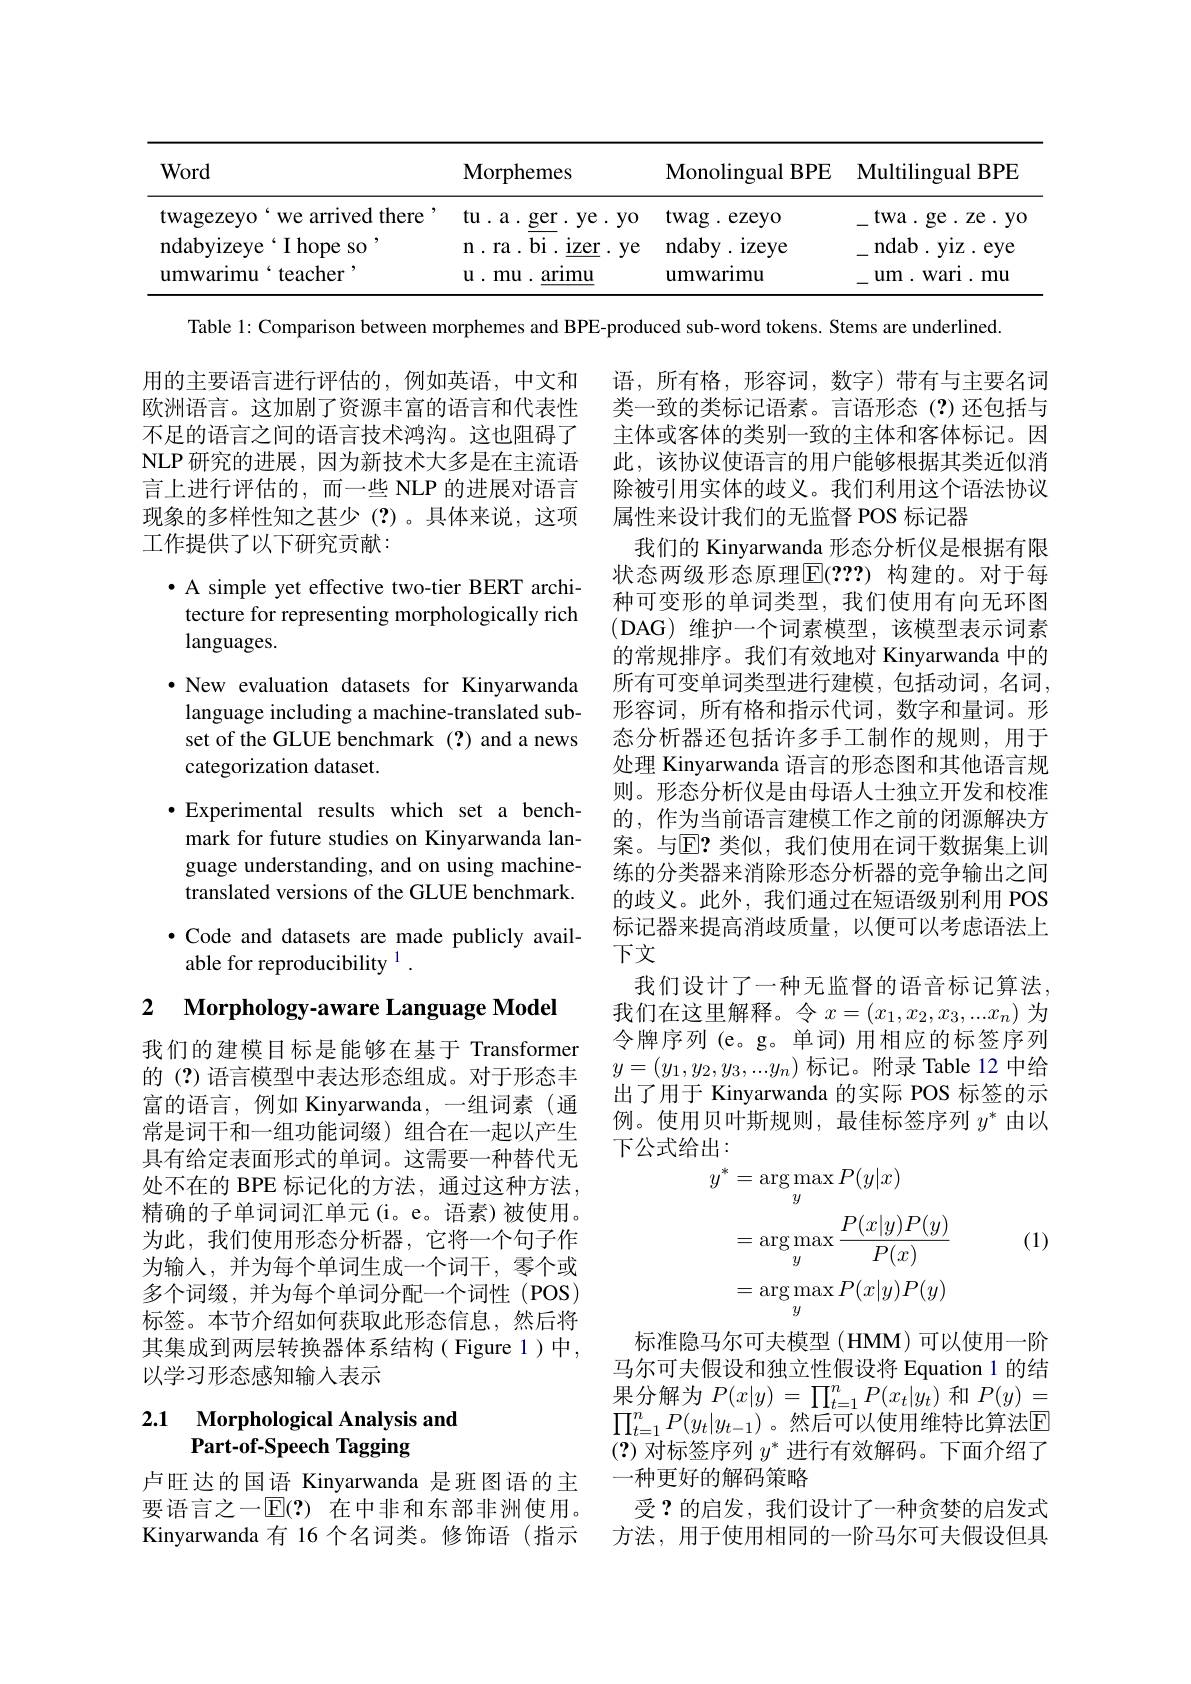
<table>
	<tbody>
		<tr>
			<th>Word</th>
			<th>$\mathbf{Morphemes}$</th>
			<th>${\mathrm{Monolingual~BPE}}$</th>
			<th>$\mathbf{MultilingualBPE}$</th>
		</tr>
		<tr>
			<td>we arrived there ${\mathrm{twagezeyo}}$ </td>
			<td>tu.a.ger.ye.yo</td>
			<td>${\mathrm{twag.~ezeyo}}$</td>
			<td>twa. ge. ze. yc</td>
		</tr>
		<tr>
			<td>${\mathrm{ndabyizeye}}$ ${\mathrm{e}}^{`}$I hope so</td>
			<td>n.ra.bi.izer.ye</td>
			<td>ndaby izeye </td>
			<td>ndab yiz eye</td>
		</tr>
		<tr>
			<td>umwarimu teacher</td>
			<td>$\textbf{u. mu. arı mu}$</td>
			<td>umwarimu</td>
			<td>um.warl.1 mu</td>
		</tr>
	</tbody>
</table>

Table 1: Comparison between morphemes and BPE-produced sub-word tokens. Stems are underlined

用的主要语言进行评估的，例如英语，中文和欧洲语言。这加剧了资源丰富的语言和代表性不足的语言之间的语言技术鸿沟。这也阻碍了NLP 研究的进展，因为新技术大多是在主流语言上进行评估的，而一些 NLP 的进展对语言现象的多样性知之甚少(?)。具体来说，这项工作提供了以下研究贡献：

$\bullet$ A simple yet effective two-tier BERT architecture for representing morphologically rich languages.
$\cdot$ New evaluation datasets for Kinyarwanda language including a machine-translated subset of the GLUE benchmark(?)and a news categorization dataset.
$\bullet$Experimental results which set a benchmark for future studies on Kinyarwanda language understanding, and on using machinetranslated versions of the GLUE benchmark. $\bullet$ Code and datasets are made publicly available for reproducibility $^{1}.$

语，所有格，形容词，数字)带有与主要名词类一致的类标记语素。言语形态(?)还包括与主体或客体的类别一致的主体和客体标记。因此，该协议使语言的用户能够根据其类近似消除被引用实体的歧义。我们利用这个语法协议属性来设计我们的无监督 POS 标记器
我们的 Kinyarwanda 形态分析仪是根据有限状态两级形态原理$\overline{\mathbb{F}}(2??)$ 构建的。对于每种可变形的单词类型，我们使用有向无环图(DAG)维护一个词素模型，该模型表示词素的常规排序。我们有效地对 Kinyarwanda 中的所有可变单词类型进行建模，包括动词，名词， 形容词，所有格和指示代词，数字和量词。形态分析器还包括许多手工制作的规则，用于处理 Kinyarwanda 语言的形态图和其他语言规则。形态分析仪是由母语人士独立开发和校准的，作为当前语言建模工作之前的闭源解决方案。与$\mathbb{E}?$ 类似，我们使用在词干数据集上训练的分类器来消除形态分析器的竞争输出之间的歧义。此外，我们通过在短语级别利用 POS 标记器来提高消歧质量，以便可以考虑语法上下文
我们设计了一种无监督的语音标记算法， 我们在这里解释。令$x=(x_1,x_2,x_3,...x_n)$为令牌序列(e。g。单词)用相应的标签序列$y=(y_1,y_2,y_3,...y_n)$标记。附录 Table 12 中给出了用于 Kinyarwanda 的实际 POS 标签的示例。使用贝叶斯规则，最佳标签序列$y^*$由以下公式给出：
$$\begin{aligned}y^{*}&=\arg\max_{y}P(y|x)\\&=\arg\max_{y}\frac{P(x|y)P(y)}{P(x)}\\&=\arg\max_{y}P(x|y)P(y)\end{aligned}$$
2 $\textbf{Morphology- aware Language Model}$

我们的建模目标是能够在基于 Transformer 的 (?) 语言模型中表达形态组成。对于形态丰富的语言，例如 Kinyarwanda, 一组词素(通常是词干和一组功能词缀)组合在一起以产生具有给定表面形式的单词。这需要一种替代无处不在的 BPE 标记化的方法，通过这种方法， 精确的子单词词汇单元(i。e。语素)被使用。为此，我们使用形态分析器，它将一个句子作为输入，并为每个单词生成一个词干，零个或多个词缀，并为每个单词分配一个词性(POS) 标签。本节介绍如何获取此形态信息，然后将其集成到两层转换器体系结构(Figure 1)中， 以学习形态感知输入表示

(1)

标准隐马尔可夫模型(HMM)可以使用一阶马尔可夫假设和独立性假设将 Equation 1 的结果分解为$P(x|y)=\prod_t=1^nP(x_t|y_t)$和$P(y)=$ $\prod_{t=1}^nP(y_t|y_{t-1})$。然后可以使用维特比算法E (?)对标签序列$y^*$进行有效解码。下面介绍了一种更好的解码策略
受？的启发，我们设计了一种贪婪的启发式

## 2.1 Morphological Analysis and Part-of-Speech Tagging

卢旺达的国语 Kinyarwanda 是班图语的主要语言之一$\mathbb{E}(?)$ 在中非和东部非洲使用。Kinyarwanda 有 16 个名词类。修饰语(指示

方法，用于使用相同的一阶马尔可夫假设但具